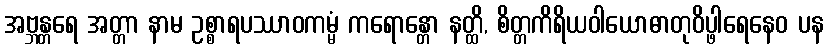
အဗ္ဘန္တရေ အတ္တာ နာမ ဥစ္စာရပဿာဝကမ္မံ ကရောန္တော နတ္ထိ, စိတ္တကိရိယဝါယောဓာတုဝိပ္ဖါရေနေဝ ပန